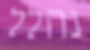
נהלל